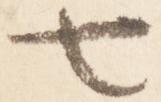
七